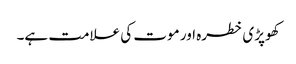
کھوپڑی خطرہ اور موت کی علامت ہے۔